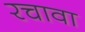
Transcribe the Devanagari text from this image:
रचावा